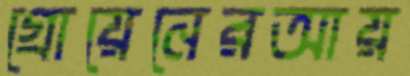
গ্রোয়েনেরআয়